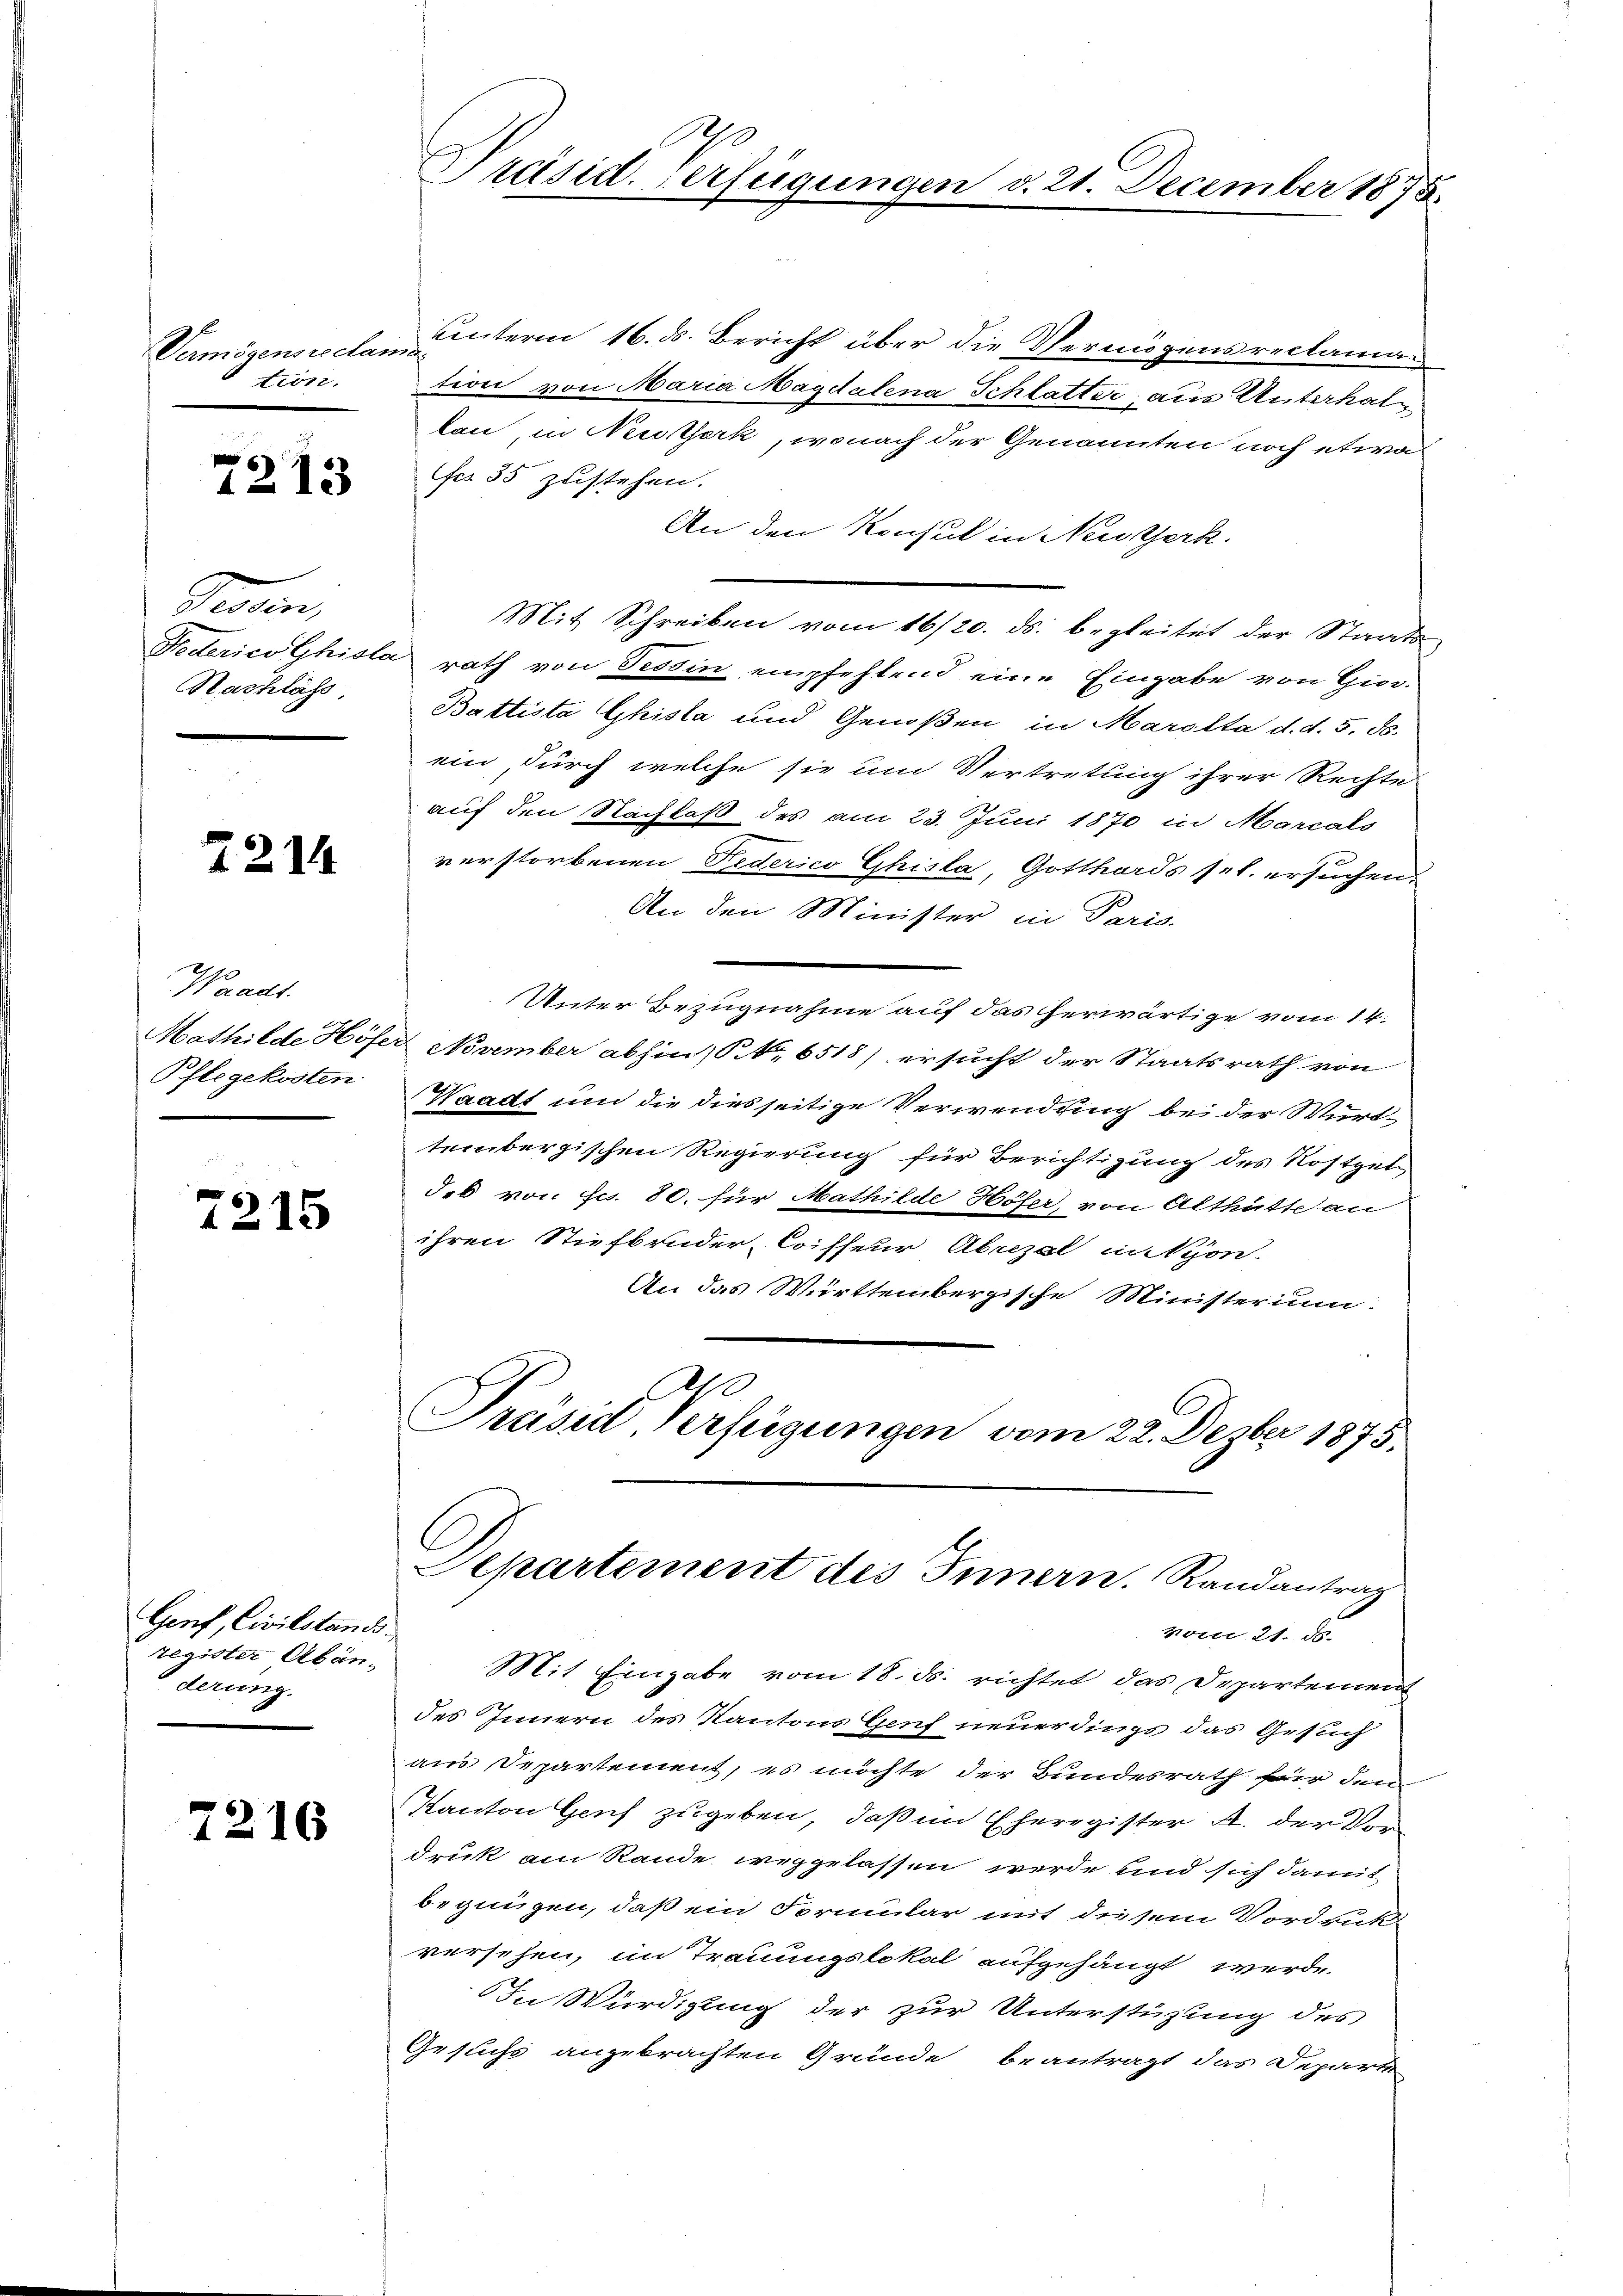
Vermögensreclama
tion.

6
113

Tessin,
Nachläss

2214

Waadt.
Pflegekosten

7215

Genf, Civilstandsregister Abänderung.

7216

2
A
Präsid. Verfügung

unterm 16. ds. Bericht über die Vermögensreclaman
tion von Maria Magdalena Schlatter aus Unterhallan, in Neuzerk, wonach der Genannten noch etwas
es 35 zustehen.
An den Konsul in Neustjerk.
Federico Ghisla rath von Tessin empfehlend eine Eingabe von Gior-
Battista Ghista und Genoßen in Marolta d. d. 5. ds.
ein, durch welche sie um Vertretung ihrer Rechte
auf den Nachlaß des am 23. Juni 1870 in Marcals
verstorbenen Federico Ghisla, Gotthards sel. ersuchen.
An den Minister in Paris.
Unter Bezugnahme auf das herwärtige vom 14.
Mathilde Höfer November abhin) S. Nr. 6518) ersucht der Staatsrath von
Waadt und die dies seitige Verwendung bei der Württembergischen Regierung für Berichtigung des Rostgel
deb von Fr. 80. für Mathilde Höfer, von Althütte an
ihren Stiefbruder, Coiffeur Abrizal in Nyon.
An das Württembergische Ministerium
Als
Präsid Verfügungen vom 22. Dezber 1875.
Departement des Innern. Randantrag
vom 21. ds.
Mit Eingabe vom 18. ds. richtet das Departemen
des Innern des Kantons Genf neuerdings das Gesuch
aus Departement, es möchte der Bundesrath für dem
Kanton Genf zugeben, daß im Eheregister A. der Vordruk am Rande weggelassen werde und sich damit
begnügen, daß ein Formular mit diesem Vordrukt
versehen, im Trauungslokal aufgehängt werde.
In Würdigung der zur Unterstüzung des
Gesuchs angebrachten Gründe beantragt das Departe

Mit Schreiben vom 16/20. ds. begleitet der Staats-

21. December 1875